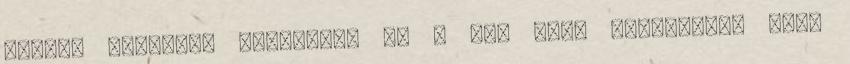
millió forintot költöttek el a BÁV őszi aukcióján, ahol